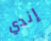
إندي